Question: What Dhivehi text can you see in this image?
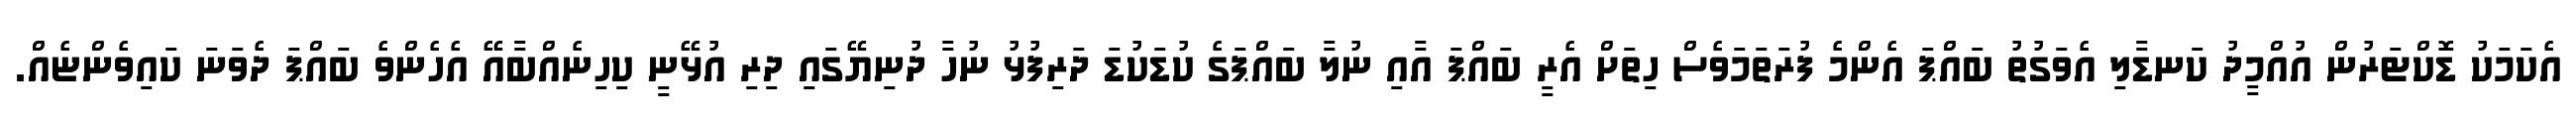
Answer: އެކަމަކު ޑޮކްޓަރުން އުއްމީދު ކަނޑާލި އެވަގުތު ބައްޕަ އެންމެ ފުރަތަމަވެސް ހިތަށް އެރީ ބައްޕަ އާއި ނުލާ ބައްޕަގެ ކުޑަކުޑަ ދަރިފުޅު ނުހާ ދުނިޔޭގައި ދިރި އުޅޭނީ ކިހިނެއްބާއޭ އެހެންވެ ބައްޕަ ދެވަނަ ކައިވެންޏެއް.